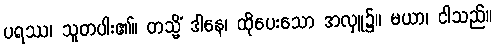
ပရဿ၊ သူတပါး၏။ တသ္မိံ ဒါနေ၊ ထိုပေးသော အလှူ၌။ မယာ၊ ငါသည်။